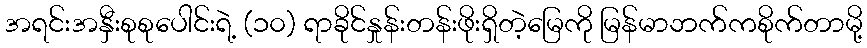
အရင်းအနှီးစုစုပေါင်းရဲ့ (၁၀) ရာခိုင်နှုန်းတန်းဖိုးရှိတဲ့မြေကို မြန်မာဘက်ကစိုက်တာမို့